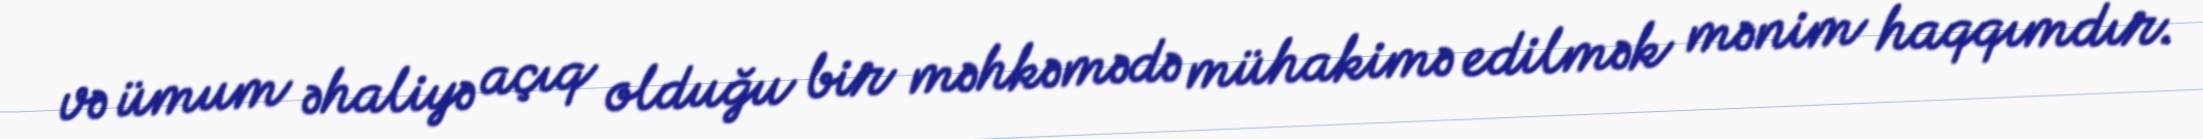
və ümum əhaliyə açıq olduğu bir məhkəmədə mühakimə edilmək mənim haqqımdır.